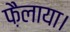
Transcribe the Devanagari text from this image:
फ़ैलाया।